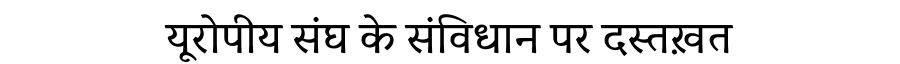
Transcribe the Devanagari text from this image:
यूरोपीय संघ के संविधान पर दस्तख़त